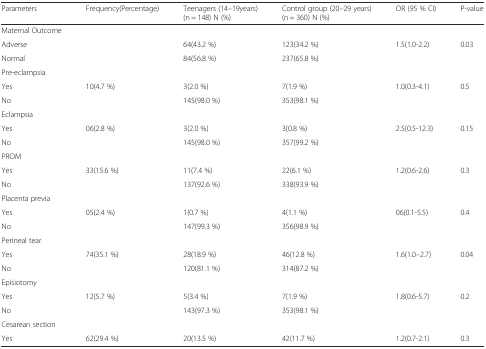
| Parameters | Frequency(Percentage) | Teenagers (14–19years) (n = 148) N (%) | Control group (20–29 years) (n = 360) N (%) | OR (95 % CI) | P-value |
 | --- | --- | --- | --- | --- | --- |
 | Maternal Outcome |  |  |  |  |  |
 | Adverse |  | 64(43.2 %) | 123(34.2 %) | 1.5(1.0-2.2) | 0.03 |
 | Normal |  | 84(56.8 %) | 237(65.8 %) |  |  |
 | Pre-eclampsia |  |  |  |  |  |
 | Yes | 10(4.7 %) | 3(2.0 %) | 7(1.9 %) | 1.0(0.3-4.1) | 0.5 |
 | No |  | 145(98.0 %) | 353(98.1 %) |  |  |
 | Eclampsia |  |  |  |  |  |
 | Yes | 06(2.8 %) | 3(2.0 %) | 3(0.8 %) | 2.5(0.5-12.3) | 0.15 |
 | No |  | 145(98.0 %) | 357(99.2 %) |  |  |
 | PROM |  |  |  |  |  |
 | Yes | 33(15.6 %) | 11(7.4 %) | 22(6.1 %) | 1.2(0.6-2.6) | 0.3 |
 | No |  | 137(92.6 %) | 338(93.9 %) |  |  |
 | Placenta previa |  |  |  |  |  |
 | Yes | 05(2.4 %) | 1(0.7 %) | 4(1.1 %) | 06(0.1-5.5) | 0.4 |
 | No |  | 147(99.3 %) | 356(98.9 %) |  |  |
 | Perineal tear |  |  |  |  |  |
 | Yes | 74(35.1 %) | 28(18.9 %) | 46(12.8 %) | 1.6(1.0--2.7) | 0.04 |
 | No |  | 120(81.1 %) | 314(87.2 %) |  |  |
 | Episiotomy |  |  |  |  |  |
 | Yes | 12(5.7 %) | 5(3.4 %) | 7(1.9 %) | 1.8(0.6-5.7) | 0.2 |
 | No |  | 143(97.3 %) | 353(98.1 %) |  |  |
 | Cesarean section |  |  |  |  |  |
 | Yes | 62(29.4 %) | 20(13.5 %) | 42(11.7 %) | 1.2(0.7-2.1) | 0.3 |